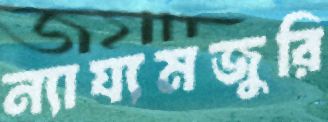
ন্যায্যমজুরি